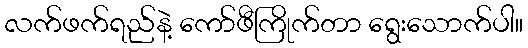
လက်ဖက်ရည်နဲ့ ကော်ဖီကြိုက်တာ ရွေးသောက်ပါ။